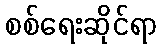
စစ်ရေးဆိုင်ရာ